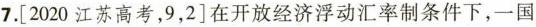
7.[2020江苏高考，9，2]在开放经济浮动汇率制条件下，一国